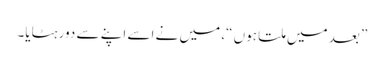
” بعد میں ملتا ہوں “، میں نے اسے اپنے سے دور ہٹایا۔